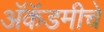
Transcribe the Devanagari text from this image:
अॅकॅडमीचे